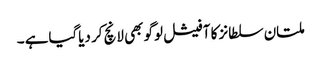
ملتان سلطانز کا آفیشل لوگو بھی لانچ کر دیاگیاہے ۔